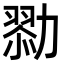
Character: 𠢯